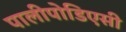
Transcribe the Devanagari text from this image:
पालीपोडिएसी